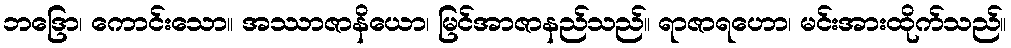
ဘဒြော၊ ကောင်းသော။ အဿာဇာနိယော၊ မြင်အာဇာနည်သည်။ ရာဇာရဟော၊ မင်းအားထိုက်သည်။